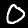
Digit: 0